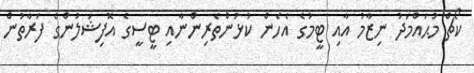
ކޯޗް މުޙައްމަދު ނިޒާމު އާއި ޓީމުގެ އެހެން ކުޅުންތެރިންނާއި ޓީސީގެ އޮފިޝަލުންގެ ފަރާތުން